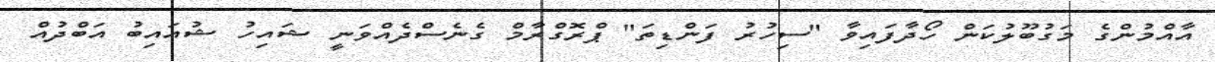
އާއްމުންގެ މަގުބޫލުކަން ހޯދާފައިވާ "ސިހުރު ފަންޑިތަ" ޕްރޮގްރާމް ގެނެސްދެއްވަނީ ޝައިހު ޝުއައިބު އަބްދުއް